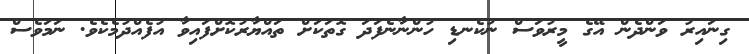
ގިނައިރު ވަންދެން އޭގެ މީރުވަސް ނުކެނޑި ހުންނާނެފަދަ ގޮތަކަށް ތައްޔާރުކޮށްފައިވާ އުފެއްދުމެކެވެ. ނަމަވެސް